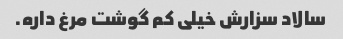
سالاد سزارش خیلی کم گوشت مرغ داره.